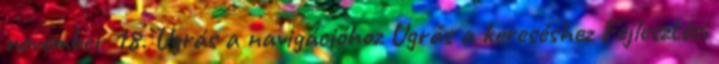
november 18. Ugrás a navigációhoz Ugrás a kereséshez Fejlesztési